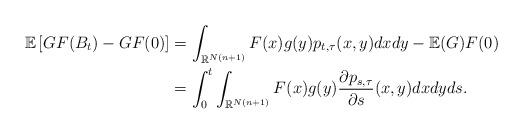
LaTeX: \begin{align*}\mathbb{E}\left[ GF(B_{t})-GF(0)\right] & =\int_{\mathbb{R}^{N(n+1)}}F(x)g(y)p_{t,\tau}(x,y)dxdy-\mathbb{E}(G)F(0)\\& =\int_{0}^{t}\int_{\mathbb{R}^{N(n+1)}}F(x)g(y)\frac{\partial p_{s,\tau}}{\partial s}(x,y)dxdyds.\end{align*}